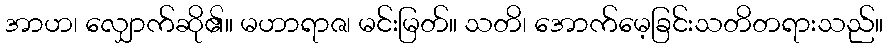
အာဟ၊ လျှောက်ဆို၏။ မဟာရာဇ၊ မင်းမြတ်။ သတိ၊ အောက်မေ့ခြင်းသတိတရားသည်။